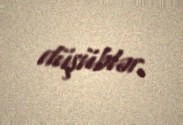
düşüblər.